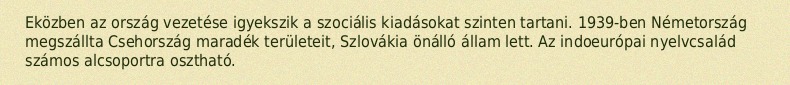
Eközben az ország vezetése igyekszik a szociális kiadásokat szinten tartani. 1939-ben Németország megszállta Csehország maradék területeit, Szlovákia önálló állam lett. Az indoeurópai nyelvcsalád számos alcsoportra osztható.